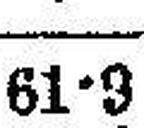
61•3